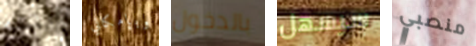
يجب وبإمكاني بالدخول سيسهل منصبي